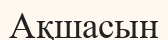
Ақшасын